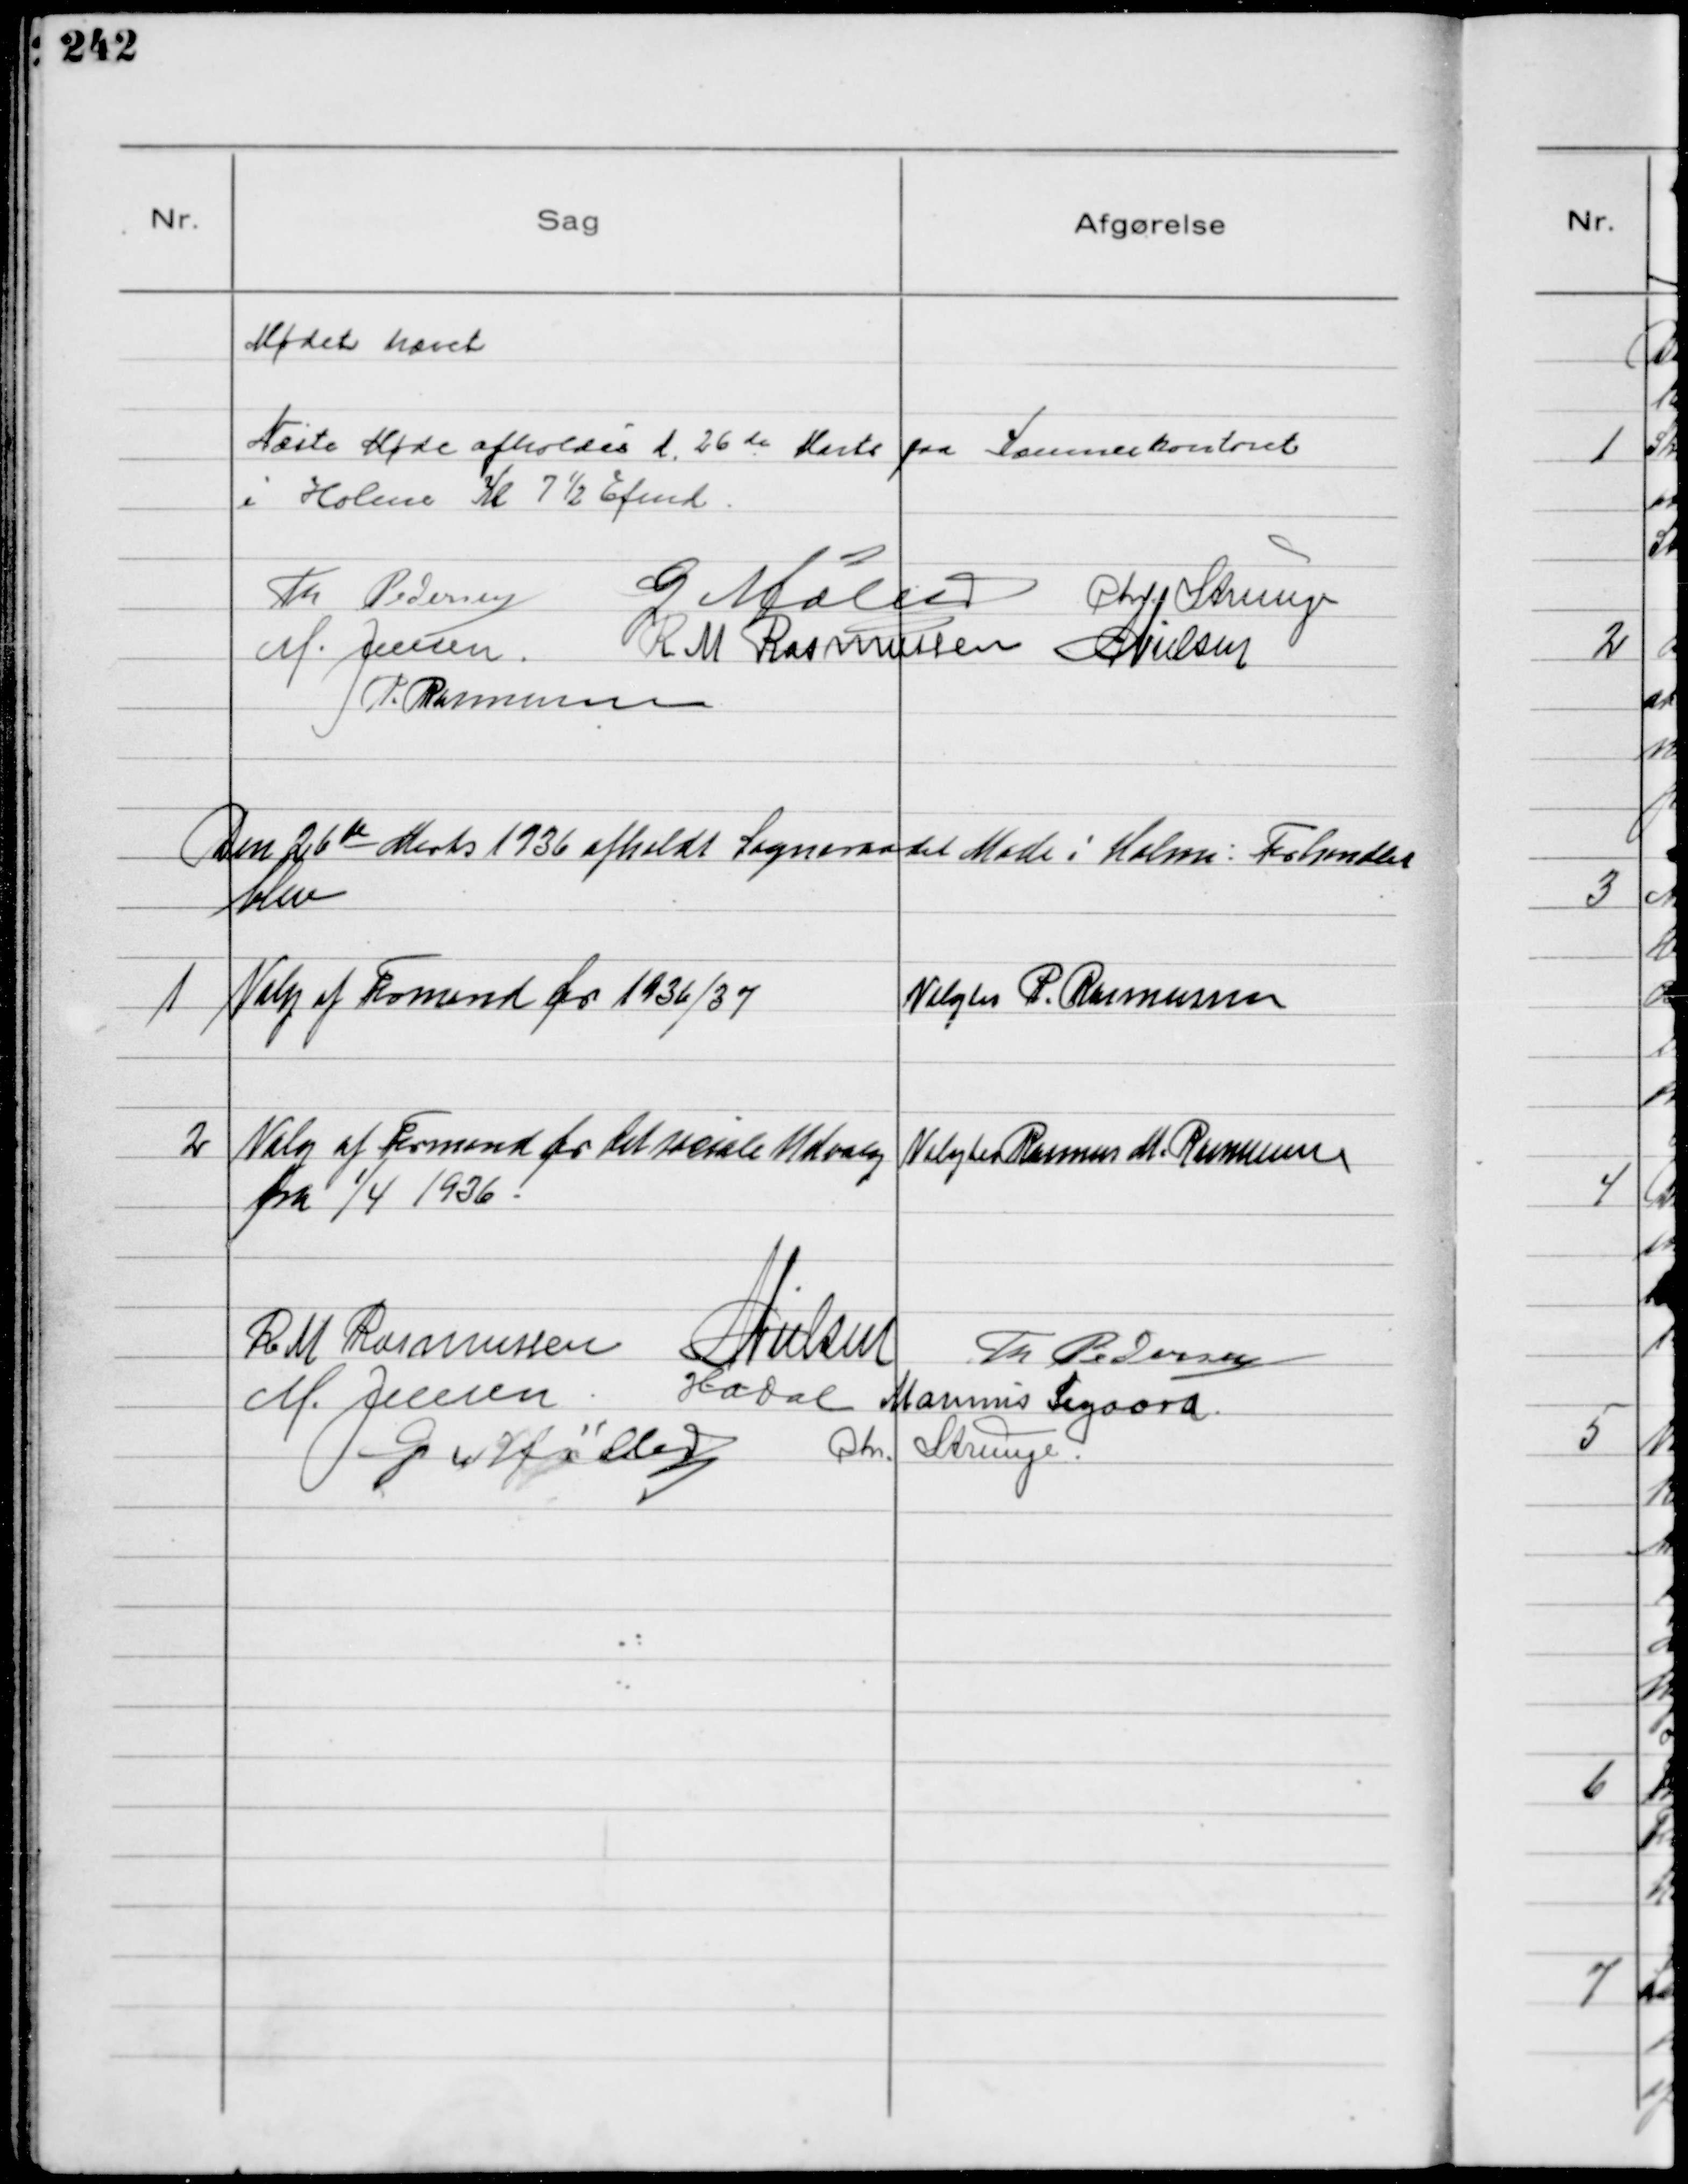
Transskription:
Mødet hævet
Næste Møde afholdes d. 26de Marts paa Kommunekontoret
i Holme Kl 7½ Efmd
Th Pedersen G Møller Chr. Strunge
M. Jensen R M Rasmussen NNielsen
P. Rasmussen

Den 26de Marts 1936 afholdt Sogneraadet Møde i Holme: Forhandlet
blev

1
Valg af Formand for 1936/37

Valgtes P. Rasmussen

2
Valg af Formand for Det sociale Udvalg
fra 1/4 1936.

Valgtes Rasmus M. Rasmussen

R M Rasmussen NNielsen Th Pedersen
M. Jensen HADal Marinus Sigaard
G Møller Chr. Strunge